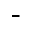
^ { - }